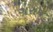
ગરાજ